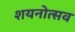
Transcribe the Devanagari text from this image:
शयनोत्सव